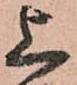
上